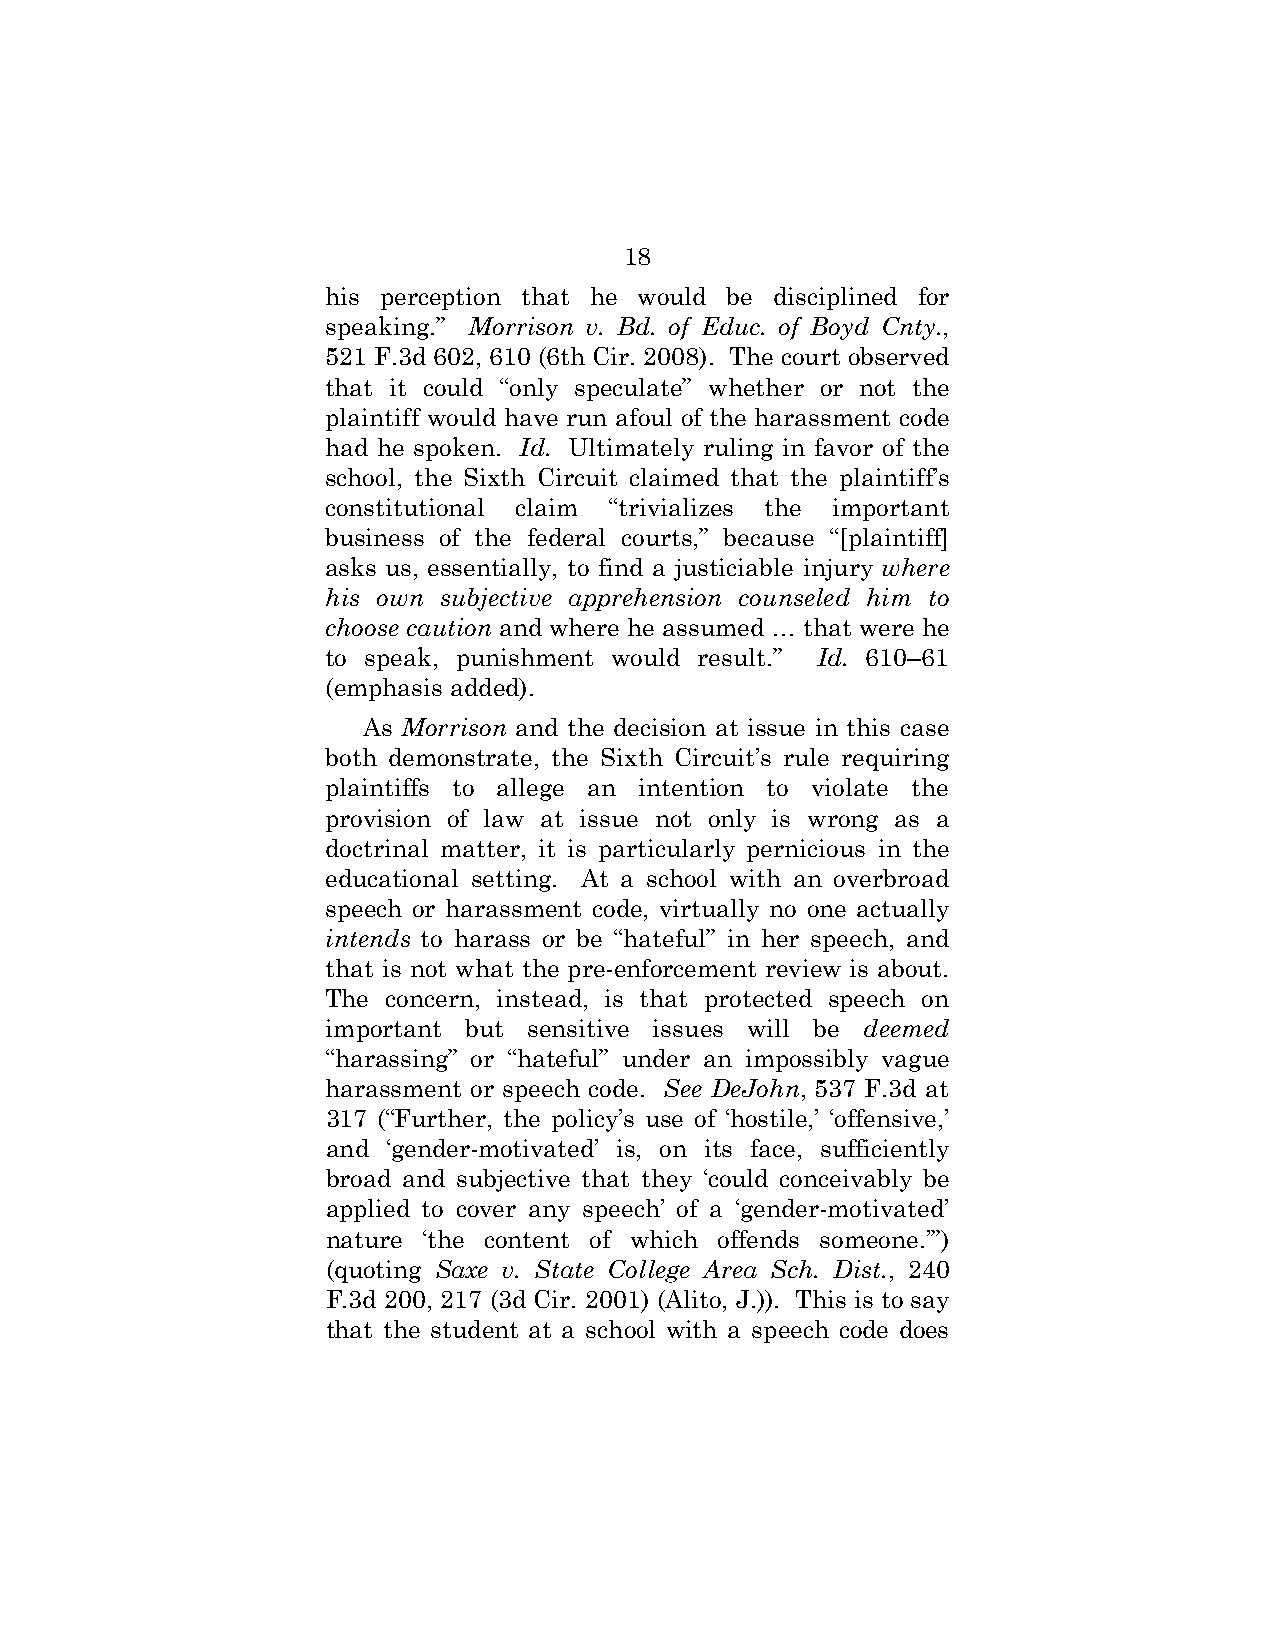
18
 his perception that he would be disciplined for
 speaking.” Morrison v. Bd. of Educ. of Boyd Cnty.,
 521 F.3d 602, 610 (6th Cir. 2008). The court observed
 that it could “only speculate” whether or not the
 plaintiff would have run afoul of the harassment code
 had he spoken. Id. Ultimately ruling in favor of the
 school, the Sixth Circuit claimed that the plaintiff’s
 constitutional claim “trivializes the important
 business of the federal courts,” because “[plaintiff]
 asks us, essentially, to find a justiciable injury where
 his own subjective apprehension counseled him to
 choose caution and where he assumed … that were he
 to speak, punishment would result.” Id. 610–61
 (emphasis added).
 As Morrison and the decision at issue in this case
 both demonstrate, the Sixth Circuit’s rule requiring
 plaintiffs to allege an intention to violate the
 provision of law at issue not only is wrong as a
 doctrinal matter, it is particularly pernicious in the
 educational setting. At a school with an overbroad
 speech or harassment code, virtually no one actually
 intends to harass or be “hateful” in her speech, and
 that is not what the pre-enforcement review is about.
 The concern, instead, is that protected speech on
 important but sensitive issues will be deemed
 “harassing” or “hateful” under an impossibly vague
 harassment or speech code. See DeJohn, 537 F.3d at
 317 (“Further, the policy’s use of ‘hostile,’ ‘offensive,’
 and ‘gender-motivated’ is, on its face, sufficiently
 broad and subjective that they ‘could conceivably be
 applied to cover any speech’ of a ‘gender-motivated’
 nature ‘the content of which offends someone.’”)
 (quoting Saxe v. State College Area Sch. Dist., 240
 F.3d 200, 217 (3d Cir. 2001) (Alito, J.)). This is to say
 that the student at a school with a speech code does